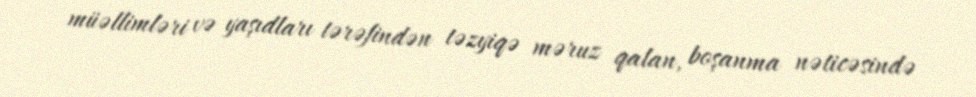
müəllimləri və yaşıdları tərəfindən təzyiqə məruz qalan, boşanma nəticəsində